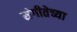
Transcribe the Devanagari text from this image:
संगीतेच्या